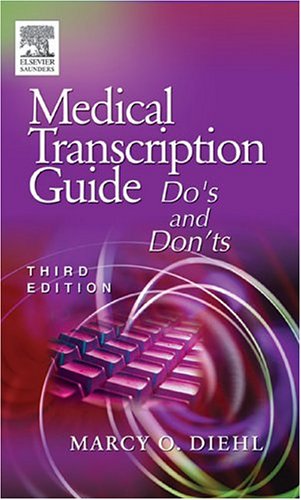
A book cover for Medical Transcription Guide: Do's and Don'ts, 3e; Marcy O. Diehl BVE  CMA-A  CMT  AHDI-F; Medical Books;